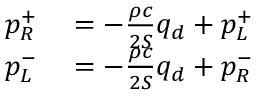
\begin{array} { r l } { p _ { R } ^ { + } } & { { } = - \frac { \rho c } { 2 S } q _ { d } + p _ { L } ^ { + } } \\ { p _ { L } ^ { - } } & { { } = - \frac { \rho c } { 2 S } q _ { d } + p _ { R } ^ { - } } \end{array}